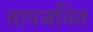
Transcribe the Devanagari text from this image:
तापजनित